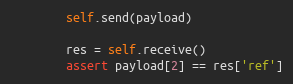
Language: Python
        self.send(payload)

        res = self.receive()
        assert payload[2] == res['ref']